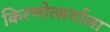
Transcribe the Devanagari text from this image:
किरणोत्सर्गाला